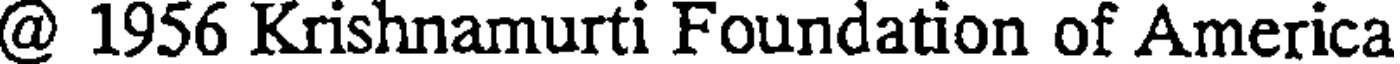
@ 1956 Krishnamurti Foundation of America